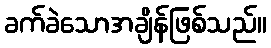
ခက်ခဲသောအချိန်ဖြစ်သည်။